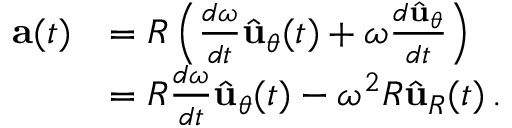
{ \begin{array} { r l } { \mathbf { a } ( t ) } & { = R \left( { \frac { d \omega } { d t } } { \hat { \mathbf { u } } } _ { \theta } ( t ) + \omega { \frac { d { \hat { \mathbf { u } } } _ { \theta } } { d t } } \right) } \\ & { = R { \frac { d \omega } { d t } } { \hat { \mathbf { u } } } _ { \theta } ( t ) - \omega ^ { 2 } R { \hat { \mathbf { u } } } _ { R } ( t ) \, . } \end{array} }